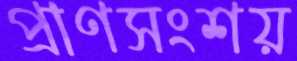
প্রাণসংশয়